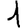
Digit: 1